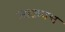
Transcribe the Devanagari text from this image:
जाऊनच